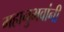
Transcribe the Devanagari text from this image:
महानुभवांनी